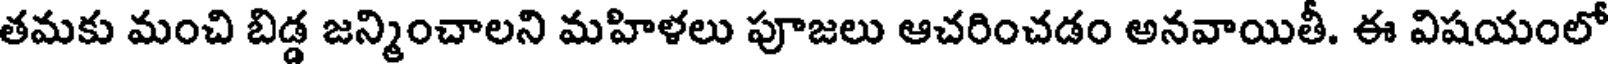
తమకు మంచి బిడ్డ జన్మించాలని మహిళలు పూజలు ఆచరించడం అనవాయితీ. ఈ విషయంలో